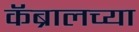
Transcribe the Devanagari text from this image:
कॅब्रालच्या